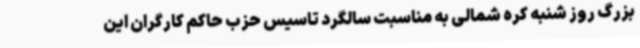
بزرگ روز شنبه کره شمالی به مناسبت سالگرد تاسیس حزب حاکم کارگران این